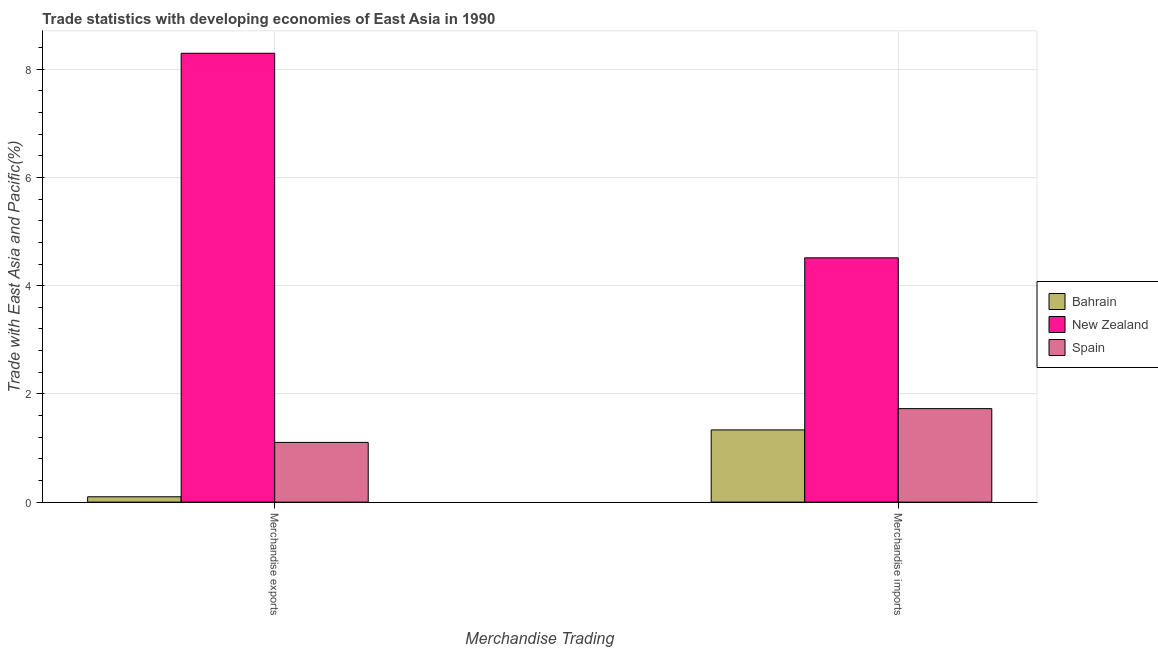
| Merchandise Trading | Bahrain | New Zealand | Spain |
 | --- | --- | --- | --- |
 | Merchandise exports | 0.099 | 8.3 | 1.1 |
 | Merchandise imports | 1.33 | 4.52 | 1.73 |